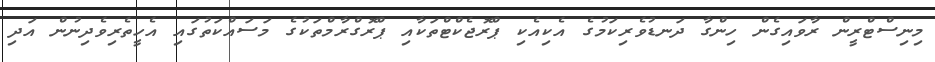
މިނިސްޓްރީން ރާވައިގެން ހިންގާ ދަނޑުވެރިކަމުގެ އެކިއެކި ޕްރޮޖެކްޓްތަކާއި ޕްރޮގްރާމްތަކުގެ މަސައްކަތުގައި އެހީތެރިވެދިނުން އަދި